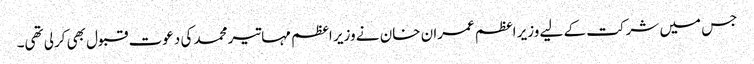
جس میں شرکت کے لیے وزیر اعظم عمران خان نے وزیر اعظم مہاتیر محمد کی دعوت قبول بھی کرلی تھی۔